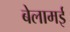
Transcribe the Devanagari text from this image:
बेलामई